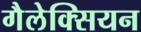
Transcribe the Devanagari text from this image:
गैलेक्सियन